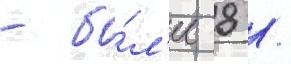
- бо́л'ее 8 /